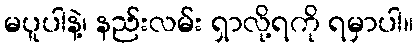
မပူပါနဲ့၊ နည်းလမ်း ရှာလို့ရကို ရမှာပါ။